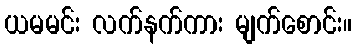
ယမမင်း လက်နက်ကား မျက်စောင်း။